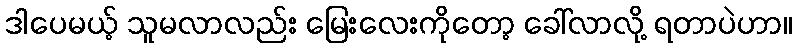
ဒါပေမယ့် သူမလာလည်း မြေးလေးကိုတော့ ခေါ်လာလို့ ရတာပဲဟာ။